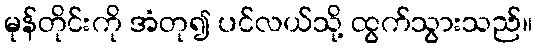
မုန်တိုင်းကို အံတု၍ ပင်လယ်သို့ ထွက်သွားသည်။